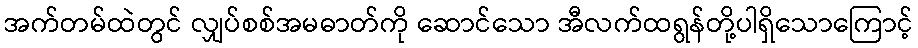
အက်တမ်ထဲတွင် လျှပ်စစ်အမဓာတ်ကို ဆောင်သော အီလက်ထရွန်တို့ပါရှိသောကြောင့်